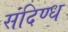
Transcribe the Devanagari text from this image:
संदिण्ध